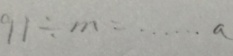
9 1 \div m = \cdots a